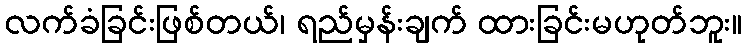
လက်ခံခြင်းဖြစ်တယ်၊ ရည်မှန်းချက် ထားခြင်းမဟုတ်ဘူး။